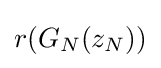
r(G_{N}(z_{N}))